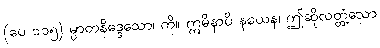
(ပေ ၁၁၅) မ္ပာတနိဒ္ဒေသော၊ ကို။ ဣမိနာပိ နယေန၊ ဤဆိုလတ္တံ့သော